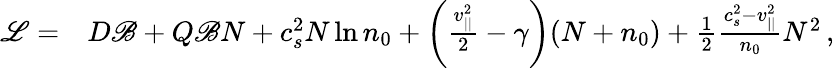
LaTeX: \begin{array}{rl}{\mathscr{L}=}&{{}D\mathscr{B}+Q\mathscr{B}N+c_{s}^{2}N\ln n_{0}+\bigg(\frac{v_{||}^{2}}{2}-\gamma\bigg)(N+n_{0})+\frac{1}{2}\frac{c_{s}^{2}-v_{||}^{2}}{n_{0}}N^{2}\, ,}\end{array}